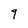
Character: 9